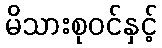
မိသားစုဝင်နှင့်